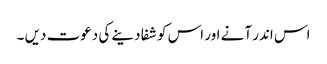
اس اندر آنے اور اس کو شفا دینے کی دعوت دیں ۔